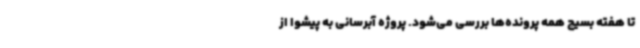
تا هفته بسیج همه پرونده‌ها بررسی می‌شود. پروژه آبرسانی به پیشوا از